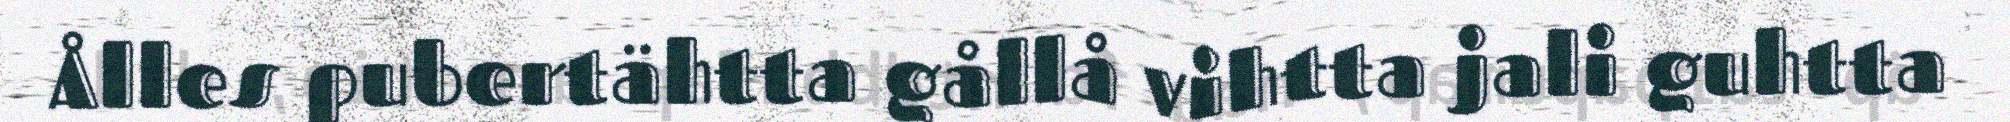
Ålles pubertähtta gållå vihtta jali guhtta